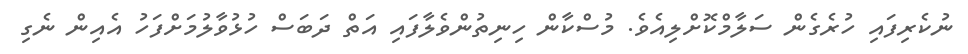
ނުކެރިފައި ހުރެގެން ސަލާމްކޮށްލިއެވެ. މުސްކާން ހިނިތުންވެލާފައި އަތް ދަބަސް ހުޅުވާލުމަށްފަހު އެއިން ނެގި